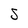
Character: S